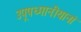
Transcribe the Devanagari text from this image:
उपूपध्मानीयानां